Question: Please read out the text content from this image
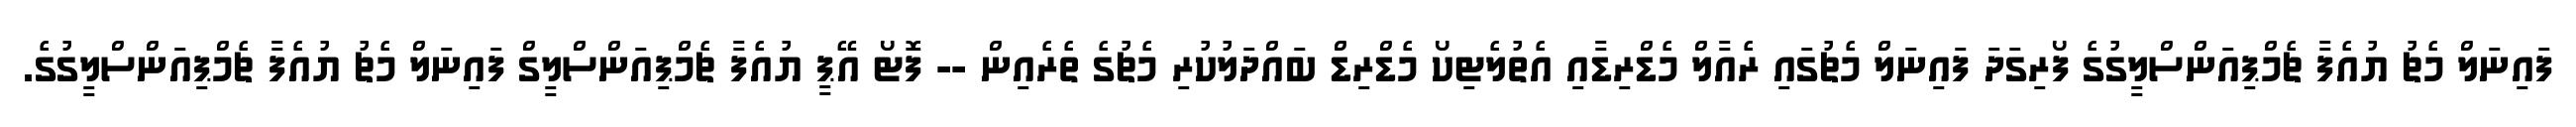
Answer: ފައިނަލް މެޗު ޔުއެފާ ޗެމްޕިއަންސްލީގުގެ ފޯރިގަދަ ފައިނަލް މެޗުގައި ރެއާލް މެޑްރިޑާއި އެތުލެޓިކޯ މެޑްރިޑް ބައްދަލުކުރި މެޗުގެ ތެރެއިން -- ފޮޓޯ އޭޕީ ޔުއެފާ ޗެމްޕިއަންސްލީގް ފައިނަލް މެޗު ޔުއެފާ ޗެމްޕިއަންސްލީގުގެ.